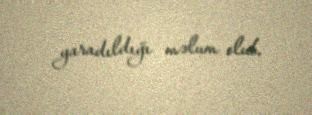
yaradıldığı məlum olub.